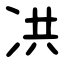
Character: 㓋